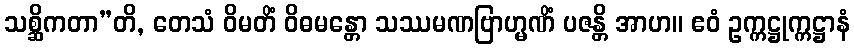
သစ္ဆိကတာ”တိ, တေသံ ဝိမတိံ ဝိဓမန္တော သဿမဏဗြာဟ္မဏိံ ပဇန္တိ အာဟ။ ဧဝံ ဥက္ကဋ္ဌုက္ကဋ္ဌာနံ